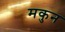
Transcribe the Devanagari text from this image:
मकुन